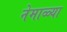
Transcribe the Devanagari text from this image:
नेमाळ्या